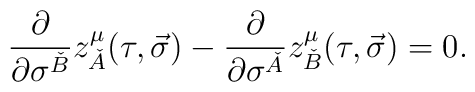
\frac{\partial}{\partial\sigma^{\check{B}}}z^\mu_{\check{A}}(\tau,\vec{\sigma})-\frac{\partial}{\partial\sigma^{\check{A}}}z^\mu_{\check{B}}(\tau,\vec{\sigma})=0.